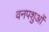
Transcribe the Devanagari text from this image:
वनपशुओं